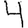
Digit: 4